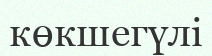
көкшегүлі